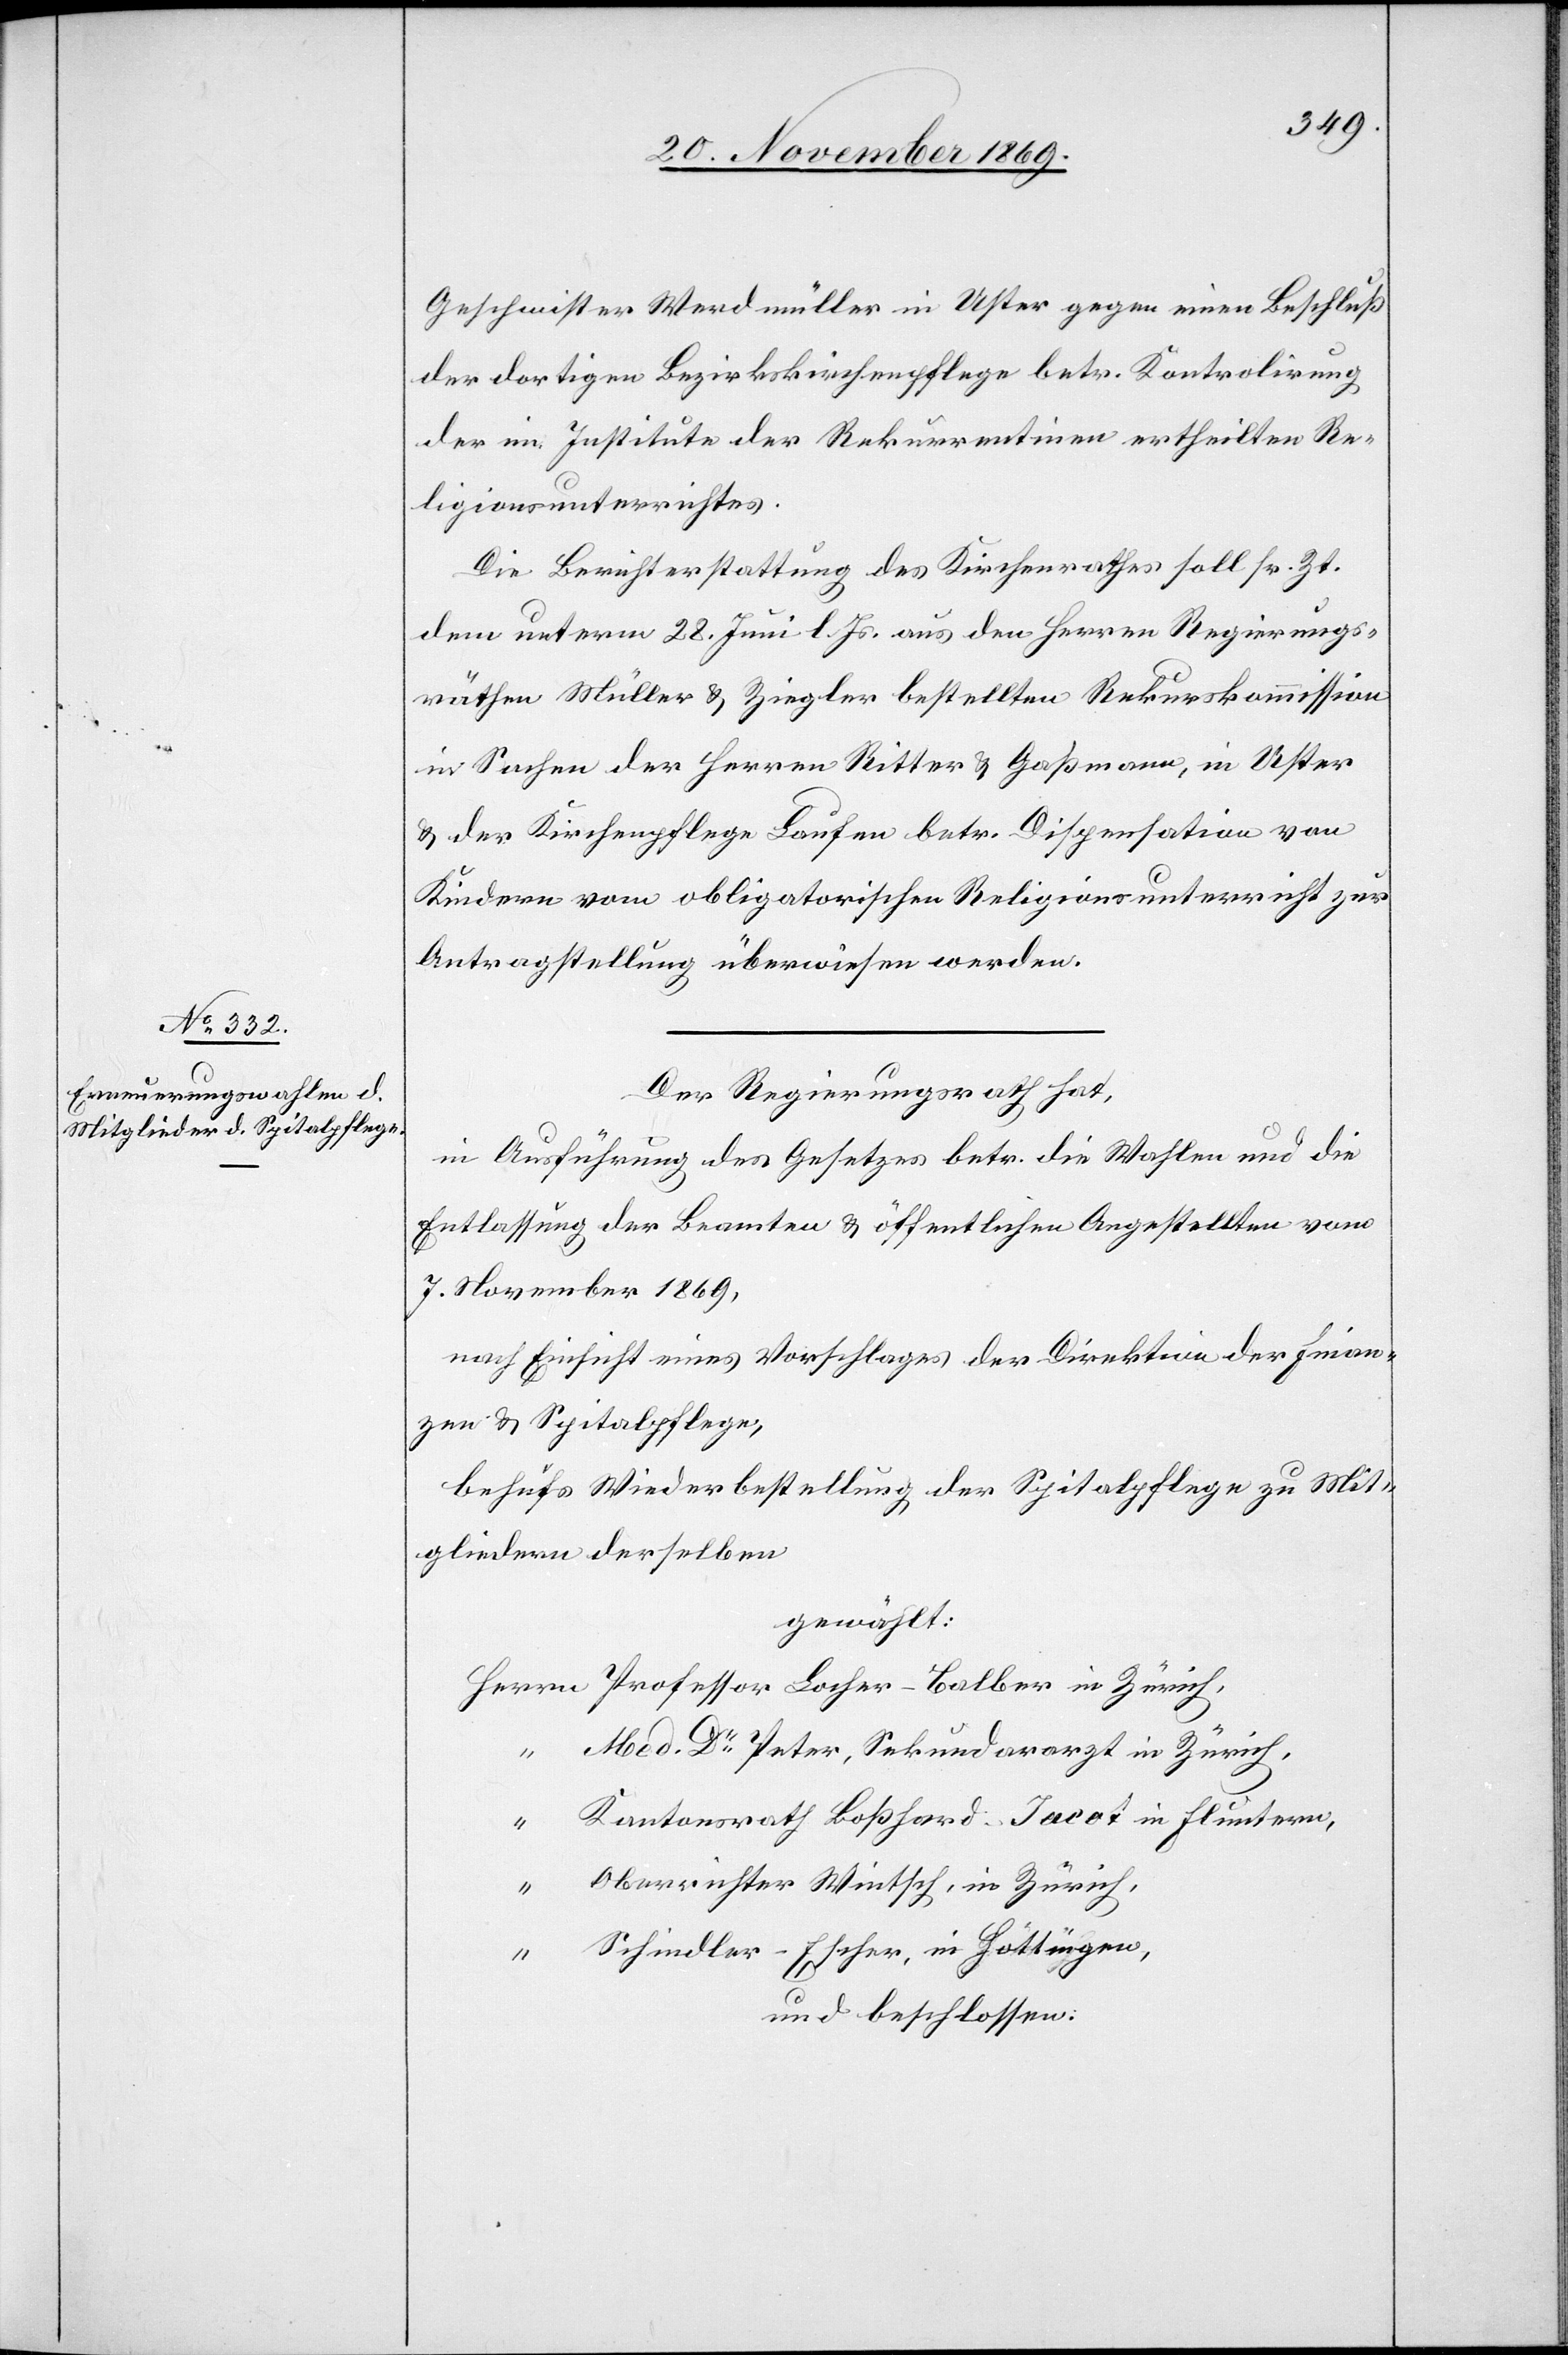
Geschwister Werdmüller in Uster gegen einen Beschluß
der dortigen Bezirkskirchenpflege betr. Kontrolirung
des] im Institute der Rekurrentin[n]en ertheilten Re¬
ligionsunterrichtes.
Die Berichterstattung des Kirchenrathes soll sr. Zt.
der] unterm 28. Juni l. Js. aus den Herren Regierungs¬
räthen Müller & Ziegler bestellten Rekurskommission
in Sachen der Herren Ritter & Gaßmann, in Uster
& der Kirchenpflege Laufen betr. Dispensation von
Kindern vom obligatorischen Religionsunterricht zur
Antragstellung überwiesen werden.
Der Regierungsrath hat,
in Ausführung des Gesetzes betr. die Wahlen und die
Entlassung der Beamten & öffentlichen Angestellten vom
7. November 1869,
nach Einsicht eines Vorschlages der Direktion der Finan¬
zen & Spitalpflege,
behufs Wiederbestellung der Spitalpflege zu Mit¬
gliedern derselben
gewählt:
Herrn Professor Locher-Balber in Zürich,
“ Med. Dr Peter, Sekundararzt in Zürich,
“ Kantonsrath Boßhard-Jacot in Fluntern,
“ Oberrichter Wintsch, in Zürich,
“ Schindler-Escher, in Hottingen,
und beschlossen: